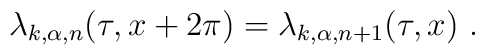
\lambda_{k,\alpha,n}(\tau,x+2\pi) = \lambda_{k,\alpha,n+1}(\tau,x)~.